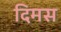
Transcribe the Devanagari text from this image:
दिमस